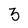
Character: 3